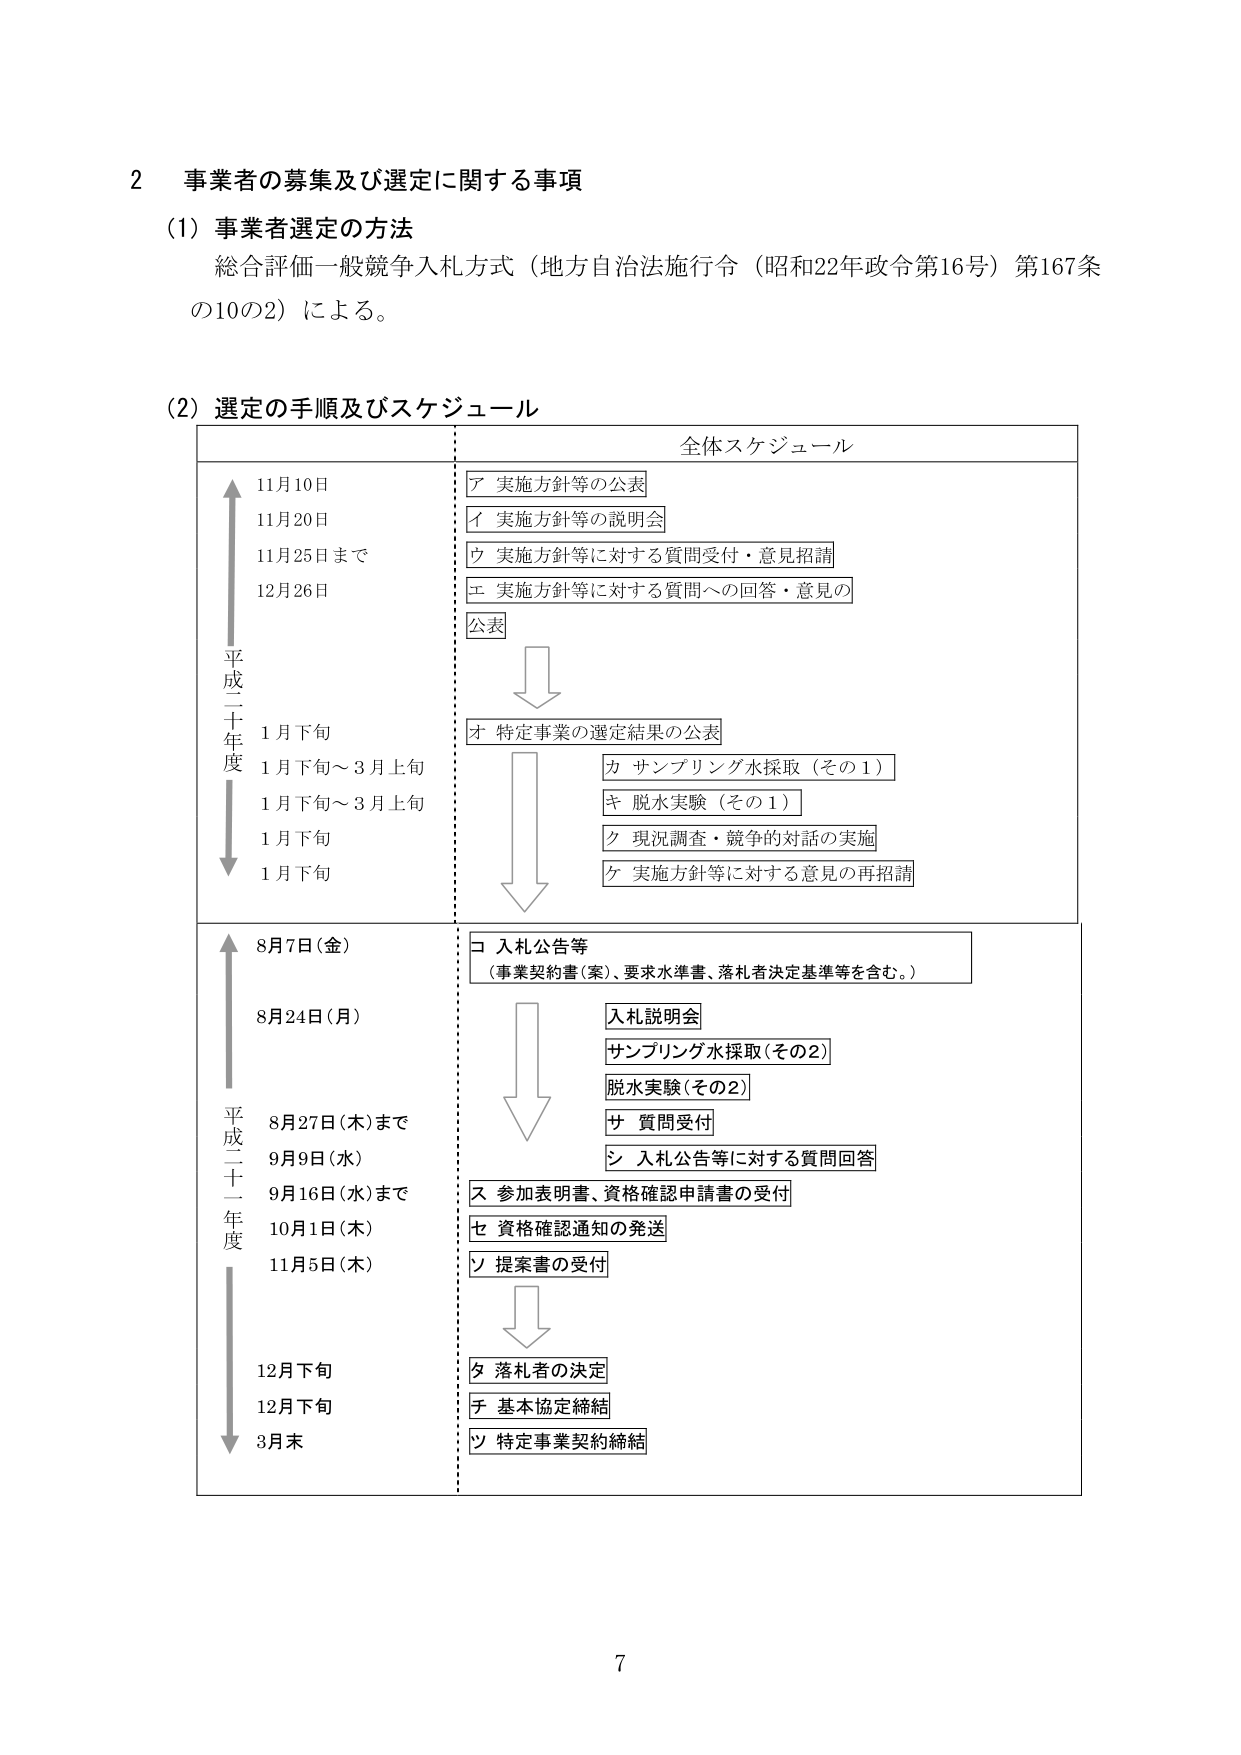
2 事業者の募集及び選定に関する事項
(1) 事業者選定の方法
総合評価一般競争入札方式（地方自治法施行令（昭和22年政令第16号）第167条の10の2）による。

(2) 選定の手順及びスケジュール
全体スケジュール

平成二十年度
11月10日
11月20日
11月25日まで
12月26日
1月下旬
1月下旬～3月上旬
1月下旬～3月上旬
1月下旬
1月下旬

ア 実施方針等の公表
イ 実施方針等の説明会
ウ 実施方針等に対する質問受付・意見招請
エ 実施方針等に対する質問への回答・意見の公表
オ 特定事業の選定結果の公表
カ サンプリング水採取（その1）
キ 脱水実験（その1）
ク 現況調査・競争的対話の実施
ケ 実施方針等に対する意見の再招請

平成二十一年度
8月7日（金）
8月24日（月）
8月27日（木）まで
9月9日（水）
9月16日（水）まで
10月1日（木）
11月5日（木）
12月下旬
12月下旬
3月末

コ 入札公告等
（事業契約書（案）、要求水準書、落札者決定基準等を含む。）
入札説明会
サンプリング水採取（その2）
脱水実験（その2）
サ 質問受付
シ 入札公告等に対する質問回答
ス 参加表明書、資格確認申請書の受付
セ 資格確認通知の発送
ソ 提案書の受付
タ 落札者の決定
チ 基本協定締結
ツ 特定事業契約締結

7